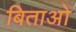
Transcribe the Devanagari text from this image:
बिताओ